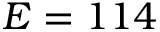
E = 1 1 4